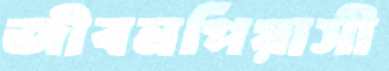
জীবনপিয়াসী